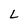
Character: L